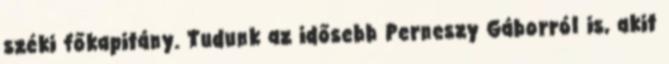
széki főkapitány. Tudunk az idősebb Perneszy Gáborról is, akit